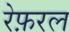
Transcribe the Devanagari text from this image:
रेफ़रल